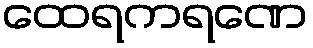
ထေရကရဏေ